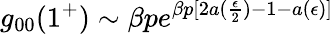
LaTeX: g_{00}(1^{+})\sim\beta pe^{\beta p[2a(\frac{\epsilon}{2})-1-a(\epsilon)]}